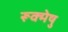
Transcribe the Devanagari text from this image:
रूक्मेषु